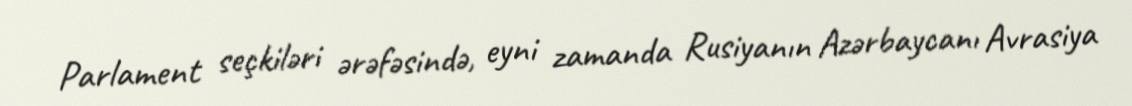
Parlament seçkiləri ərəfəsində, eyni zamanda Rusiyanın Azərbaycanı Avrasiya